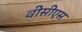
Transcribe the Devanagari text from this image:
वीसीएस